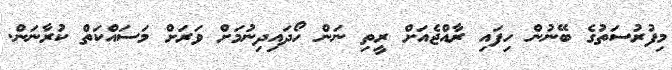
މިފުރުސަތުގެ ބޭނުން ހިފައި ރާއްޖެއަށް ރީތި ނަން ހޯދައިދިނުމަށް ވަރަށް މަސައްކަތް ކުރާނަން.